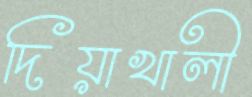
দিয়াখালী